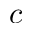
c